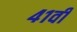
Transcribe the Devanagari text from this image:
४१वीं